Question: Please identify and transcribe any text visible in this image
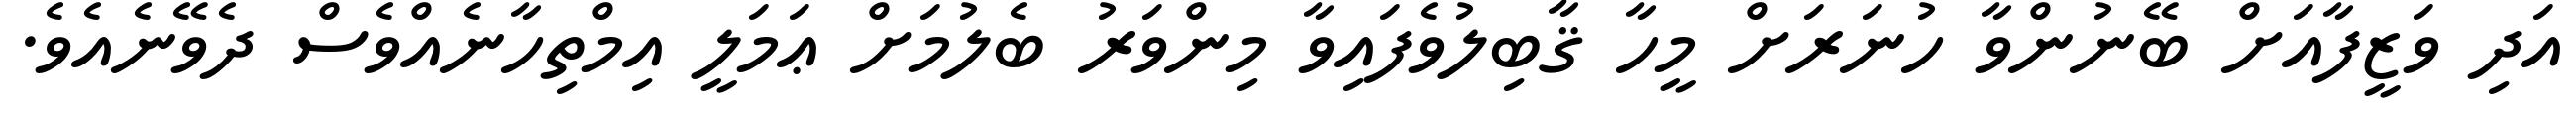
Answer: އަދި ވަޒީފާއަށް ބޭނުންވާ ހުނަރަށް މީހާ ޤާބިލުވެފައިވާ މިންވަރު ބެލުމަށް ޢަމަލީ އިމްތިހާނެއްވެސް ދެވޭނެއެވެ.